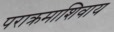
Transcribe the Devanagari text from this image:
पराक्रमाशिवाय